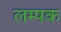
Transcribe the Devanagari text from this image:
लम्पक